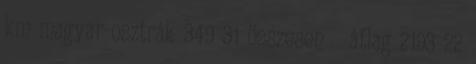
km magyar-osztrák 349 31 összesen átlag 2193 22